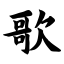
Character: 歌